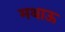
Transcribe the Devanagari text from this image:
मथाऊ